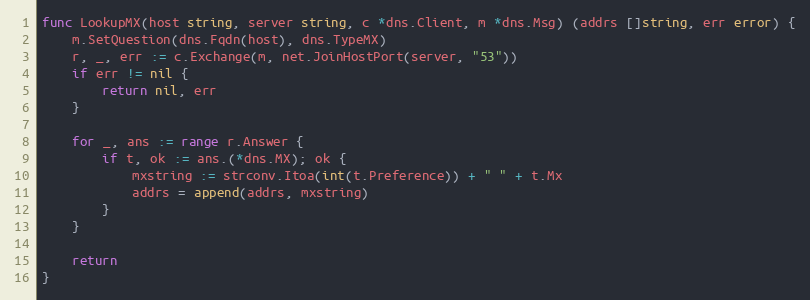
Language: Go
func LookupMX(host string, server string, c *dns.Client, m *dns.Msg) (addrs []string, err error) {
	m.SetQuestion(dns.Fqdn(host), dns.TypeMX)
	r, _, err := c.Exchange(m, net.JoinHostPort(server, "53"))
	if err != nil {
		return nil, err
	}

	for _, ans := range r.Answer {
		if t, ok := ans.(*dns.MX); ok {
			mxstring := strconv.Itoa(int(t.Preference)) + " " + t.Mx
			addrs = append(addrs, mxstring)
		}
	}

	return
}